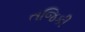
તજિકી